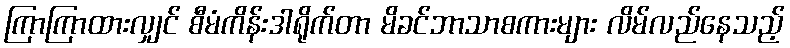
ကြာကြာထားလျှင် စီမံကိန်းဒါရိုက်တာ မိခင်ဘာသာစကားများ လိမ်လည်နေသည့်